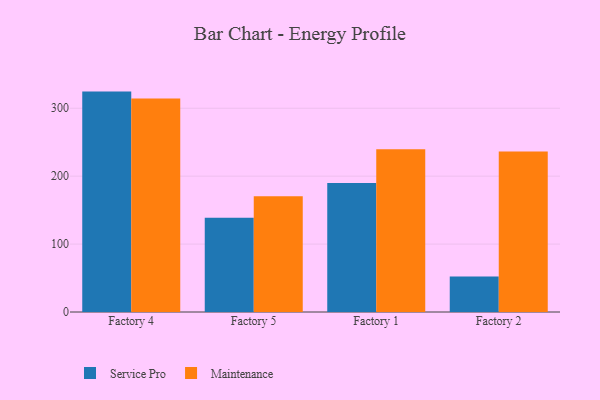
{"axis": {"x": "Factory", "y": "Population (Million)"}, "legend": ["Maintenance", "Service Pro"], "data": [{"x": "Factory 4", "y": 324.5, "type": "Service Pro"}, {"x": "Factory 4", "y": 314.4, "type": "Maintenance"}, {"x": "Factory 5", "y": 138.7, "type": "Service Pro"}, {"x": "Factory 5", "y": 170.6, "type": "Maintenance"}, {"x": "Factory 1", "y": 190.1, "type": "Service Pro"}, {"x": "Factory 1", "y": 239.7, "type": "Maintenance"}, {"x": "Factory 2", "y": 52.1, "type": "Service Pro"}, {"x": "Factory 2", "y": 236.4, "type": "Maintenance"}]}